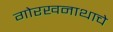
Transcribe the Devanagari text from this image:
गोरखनाथाचे